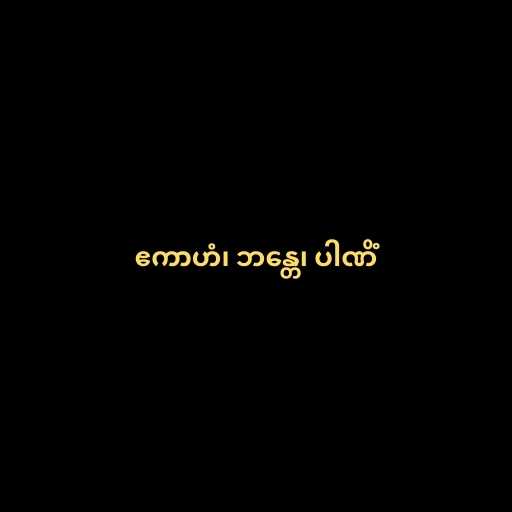
ဧကာဟံ၊ ဘန္တေ၊ ပါဏိံ